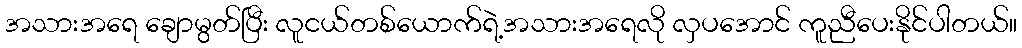
အသားအရေ ချောမွတ်ပြီး လူငယ်တစ်ယောက်ရဲ့အသားအရေလို လှပအောင် ကူညီပေးနိုင်ပါတယ်။